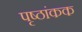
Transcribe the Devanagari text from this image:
पृष्ठांकक